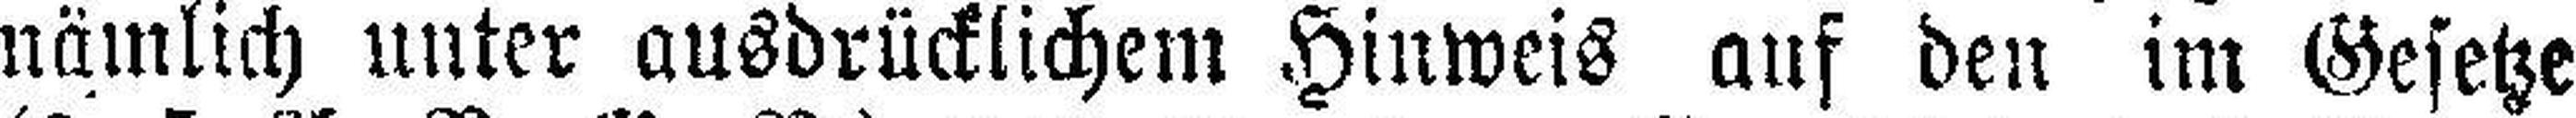
nämlich unter ausdrücklichem Hinweis auf den im Gesetze